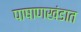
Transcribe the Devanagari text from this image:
पाषाणखंडात